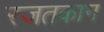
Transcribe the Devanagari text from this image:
रजतकान